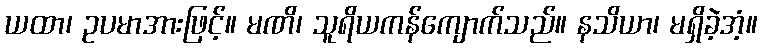
ယထာ၊ ဥပမာအားဖြင့်။ မဏိ၊ သူရိယကန်ကျောက်သည်။ နသိယာ၊ မရှိခဲ့အံ့။